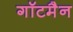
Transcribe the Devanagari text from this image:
गॉटमैन